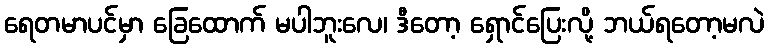
ရေတမာပင်မှာ ခြေထောက် မပါဘူးလေ၊ ဒီတော့ ရှောင်ပြေးလို့ ဘယ်ရတော့မလဲ